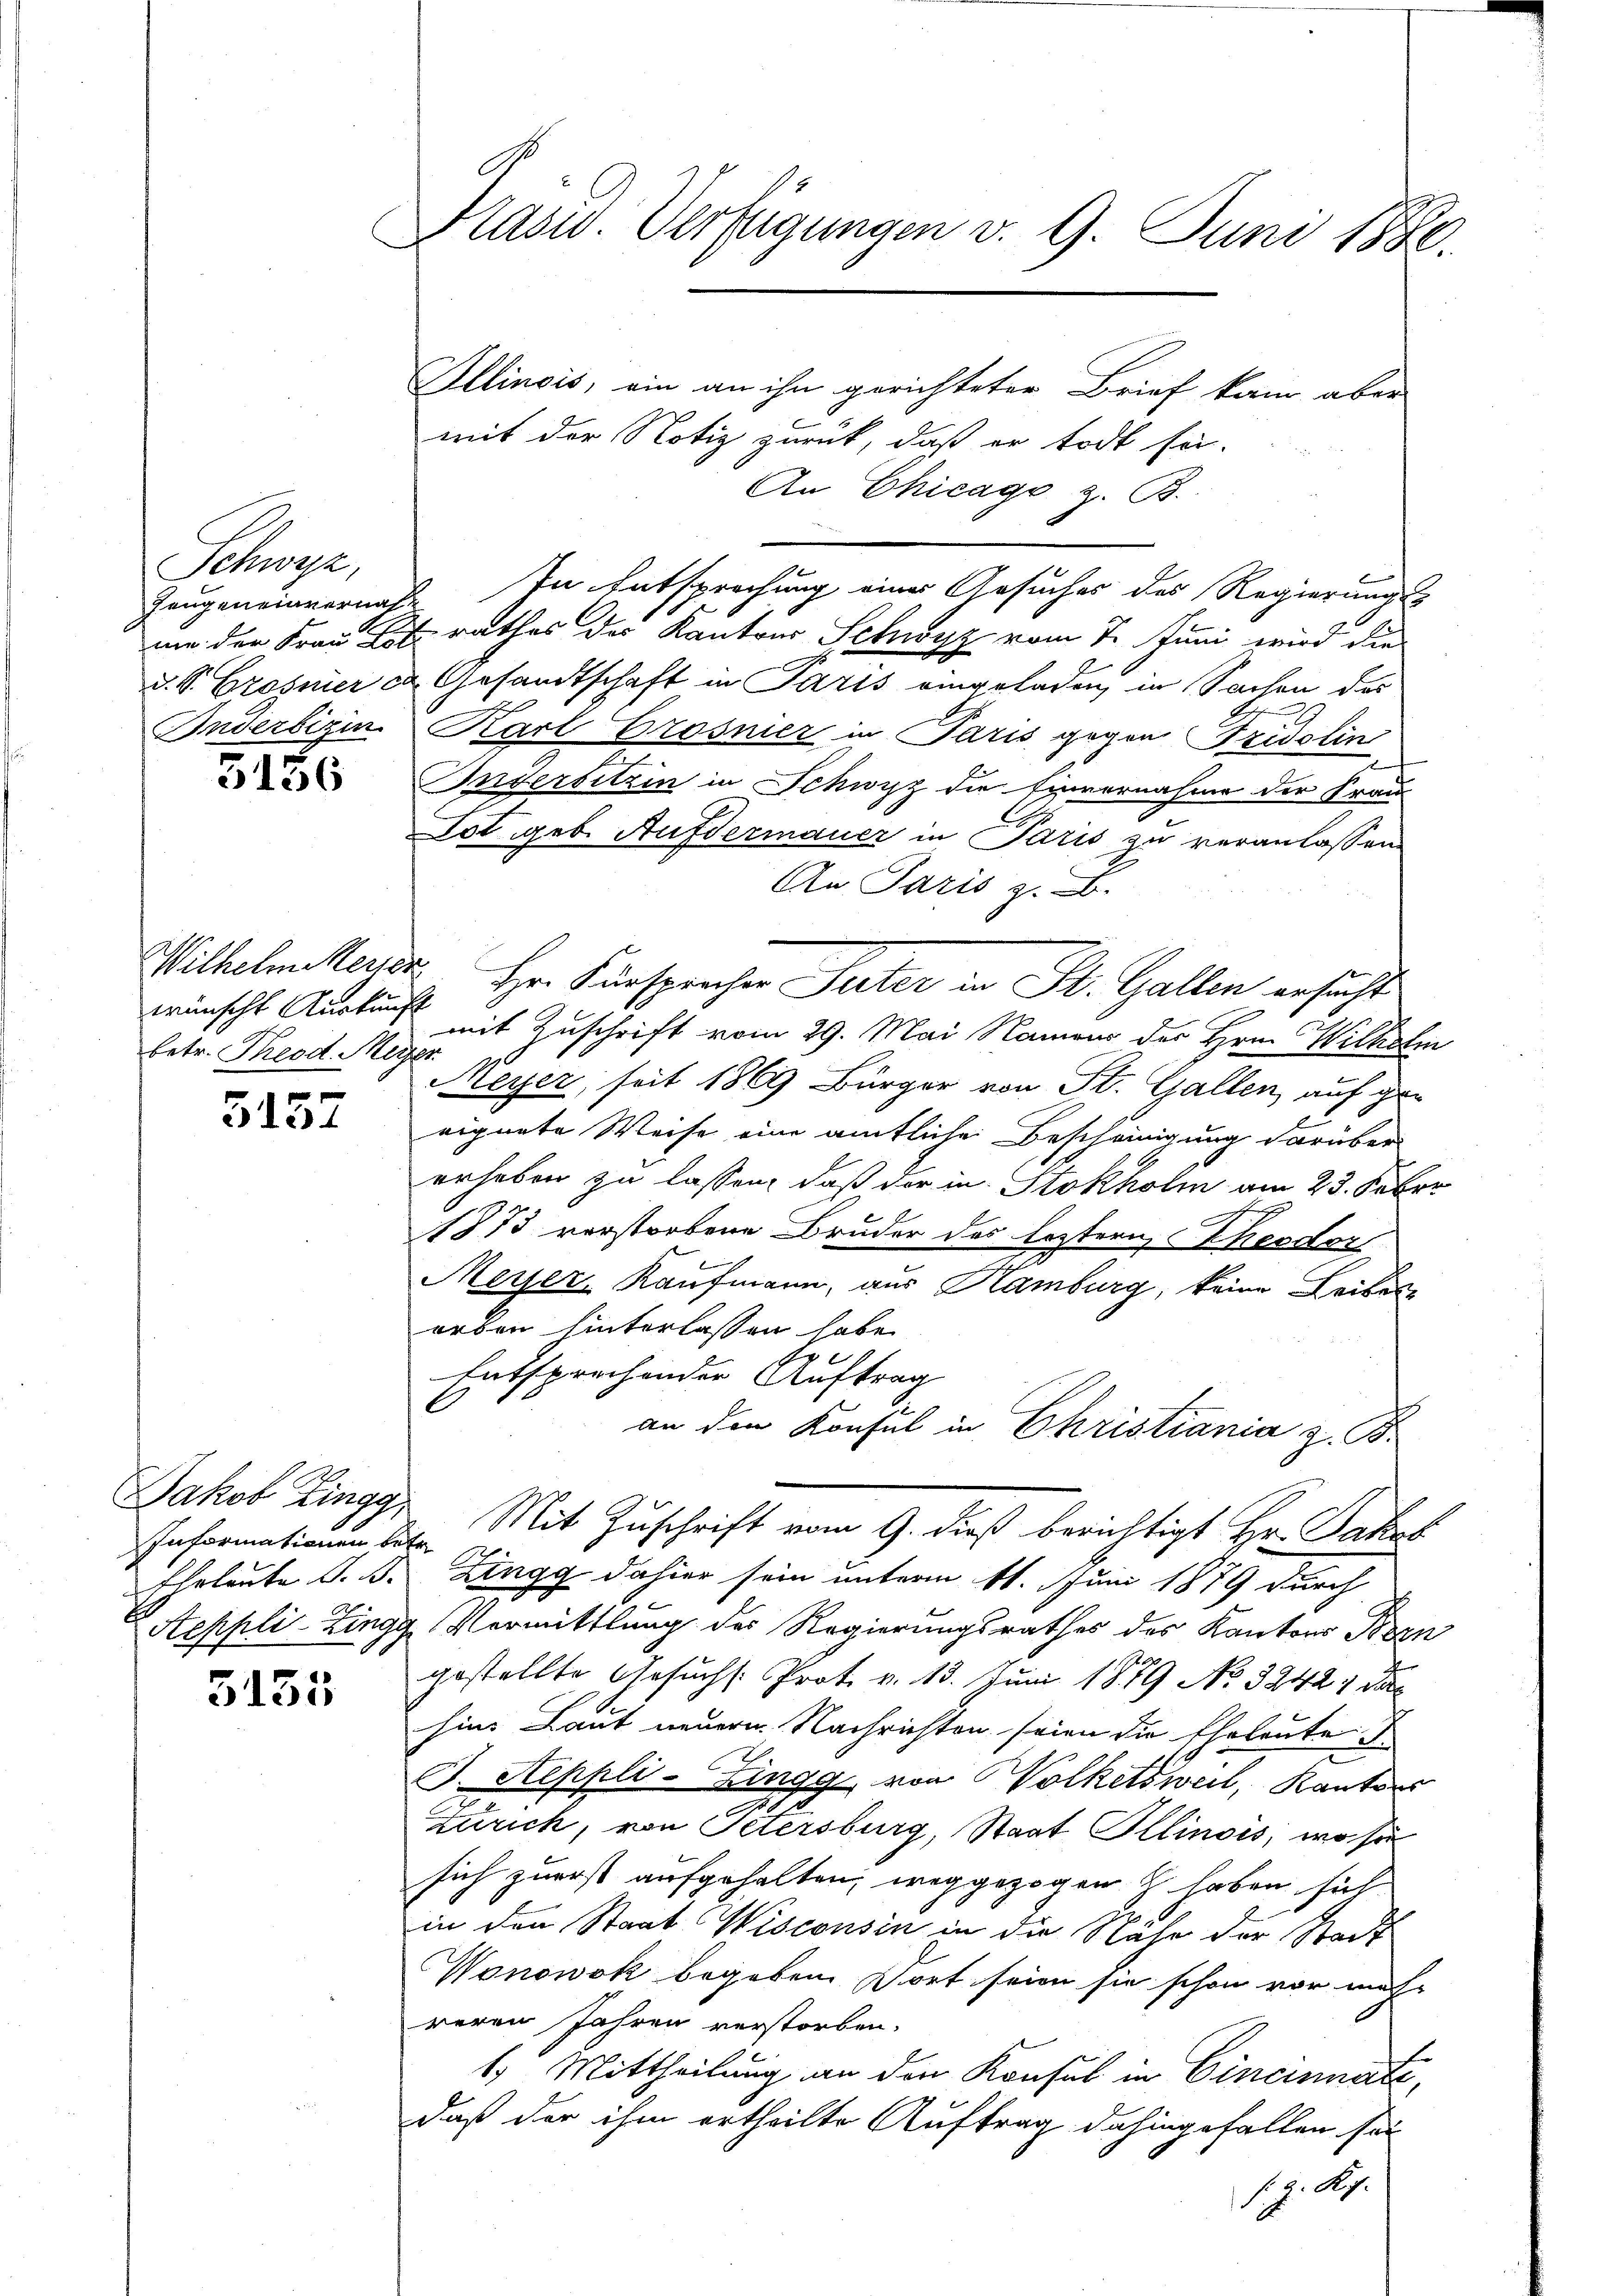
Schwyz,
Zeugeneinvernahme
Inderbegin

5156

wünscht Auskunft
betr. Theod. Meyer

5157

Jakob Zingg
Informationen betr.
Eheleute G. B. |

3135

Prasid. Verfügungen v. 9. Juni 1880.
Illinois, ein an ihn gerichteter Brief kam aber

mit der Notiz zurück, daß er todt sei.
An Chicage z. B.
In Entsprechung einer Gesuches des Regierungs
um der Frau Betrathes des Kantons Schwyz vom 7. Juni wird die
d. S. Grosnier ca. Gesandtschaft in Paris eingeladen, in Sachen des
Karl Crosnier in Paris gegen Fridolin
Inversitzin in Schwyz die Einvernahme der Frau
Tot geb. Aufdermauer in Paris zu veranlassen
An Paris z. B.
Wilhelm Merida Hr. Fürsprecher Peter in St. Gallen ersucht
mit Zuschrift vom 29. Mai Namens der Hrn. Wilhelm
Meyer, seit 1869 Bürger von St. Gallen, auf gee
eignete Weise eine amtliche Bescheinigung darüber
erheben zu lassen, daß der in Stokholm am 23. Feber
1873 vorstorbene Bruder des leztern, Theodor
i
Meyer, Kaufmann, aus Hamburg, keine Leibesorben hinterlassen habe.
Entsprechender Auftrag
an den Konsul in Christiania z. B.
Mit Zuschrift vom 9. dieß berichtigt Hr. Jakob
Zingg dahier sein unterm 11. Juni 1879 durch
Aeppli-Zingg Vormittlung des Regierungsrathes des Kantons Pren
gestellte Gesuchs. Prot. v. 13. Juni 1879 No 3242. Da
hin Laut neuern Nachrichten seien die Eheleute d
I. Seppli-Zingg von Volketsweil, Kantons
.
Zürich, von Petersburg, Staat Illinois, wo sie
sich zuerst aufgehalten, weggezogen & haben sich
in den Staat Wisconsin in die Nähe der Stadt
Wonowok begeben. Wort seien sie schon vor mach
reren Jahren verstorben.
1.) Mittheilung an den Konsul in Cincinnate,
daß der ihm ertheilte Auftrag dahingefallen sei
so. A.